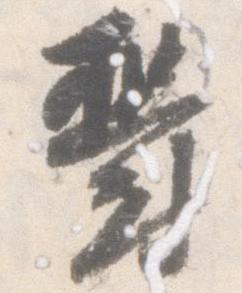
鬱